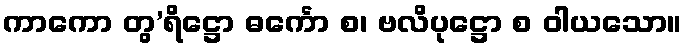
ကာကော တွ’ရိဋ္ဌော ဓင်္ကော စ၊ ဗလိပုဋ္ဌော စ ဝါယသော။